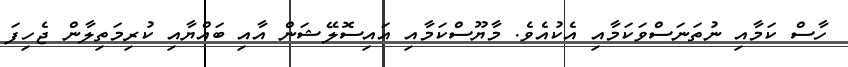
ހާސް ކަމާއި ނުތަނަސްވަކަމާއި އެކުއެވެ. މާޔޫސްކަމާއި އައިސޮލޭޝަން އާއި ބައްޔާއި ކުރިމަތިލާން ޖެހިފަ